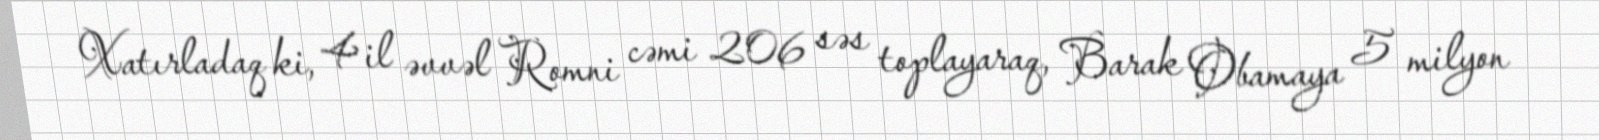
Xatırladaq ki, 4 il əvvəl Romni cəmi 206 səs toplayaraq, Barak Obamaya 5 milyon